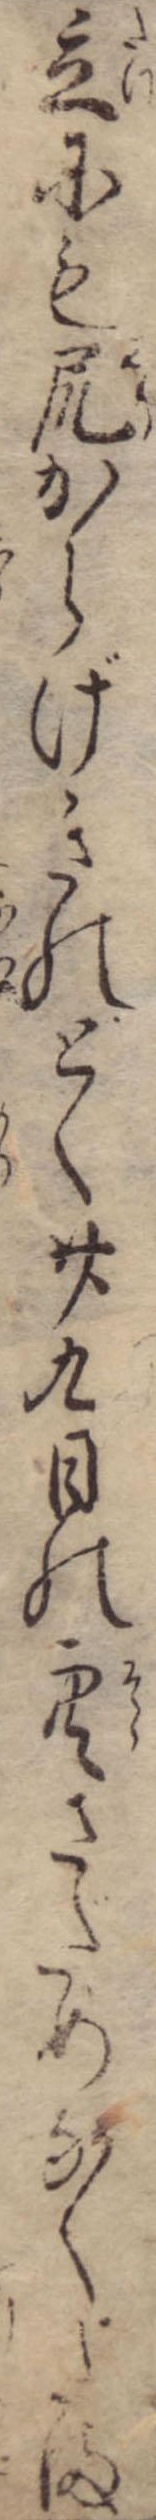
立にも尻からげきのどく廿九日の空さだめなくたま